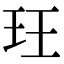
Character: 玨